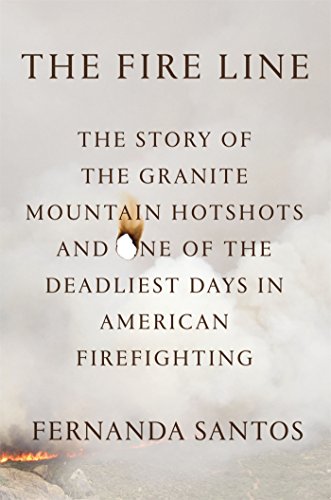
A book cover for The Fire Line: The Story of the Granite Mountain Hotshots and One of the Deadliest Days in American Firefighting; Fernanda Santos; Science & Math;